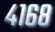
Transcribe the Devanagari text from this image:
४१६८